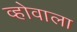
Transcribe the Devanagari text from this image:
व्होवाला